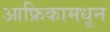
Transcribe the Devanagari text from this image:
आफ्रिकामधून